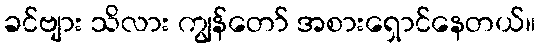
ခင်ဗျား သိလား ကျွန်တော် အစားရှောင်နေတယ်။